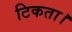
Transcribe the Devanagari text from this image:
टिकता।